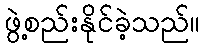
ဖွဲ့စည်းနိုင်ခဲ့သည်။